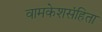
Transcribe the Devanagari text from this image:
वामकेशसंहिता